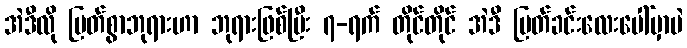
အဲဒီလို မြတ်စွာဘုရားဟာ ဘုရားဖြစ်ပြီး ၇-ရက် တိုင်တိုင် အဲဒီ မြတ်ခင်းလေးပေါ်မှာပဲ